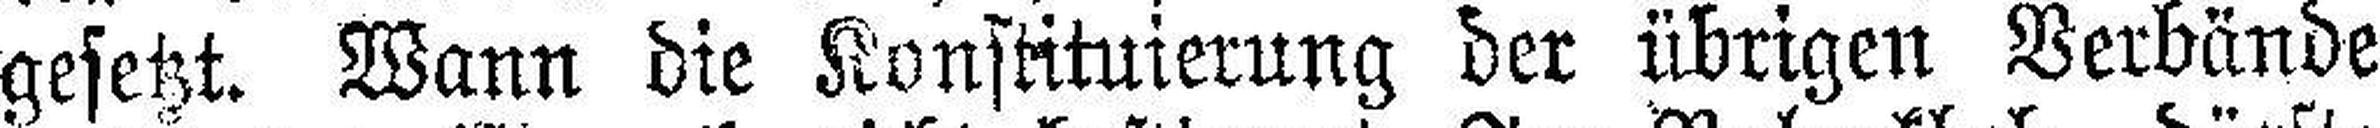
gesetzt. Wann die Konstituierung der übrigen Verbände